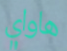
هاواي